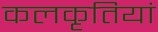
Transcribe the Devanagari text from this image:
कलकृतियां